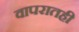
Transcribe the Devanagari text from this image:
वापरातही